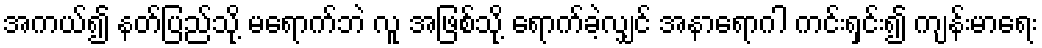
အကယ်၍ နတ်ပြည်သို့ မရောက်ဘဲ လူ အဖြစ်သို့ ရောက်ခဲ့လျှင် အနာရောဂါ ကင်းရှင်း၍ ကျန်းမာရေး